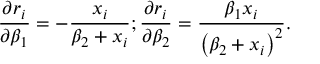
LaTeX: { \frac { \partial r _ { i } } { \partial \beta _ { 1 } } } = - { \frac { x _ { i } } { \beta _ { 2 } + x _ { i } } } ; { \frac { \partial r _ { i } } { \partial \beta _ { 2 } } } = { \frac { \beta _ { 1 } x _ { i } } { \left( \beta _ { 2 } + x _ { i } \right) ^ { 2 } } } .